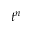
t ^ { n }